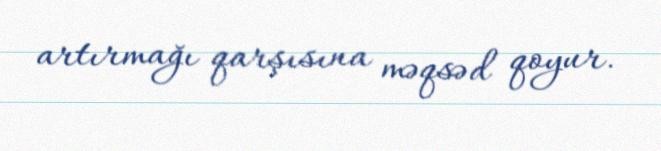
artırmağı qarşısına məqsəd qoyur.